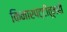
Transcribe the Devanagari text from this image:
किनारपट्टीतूनही